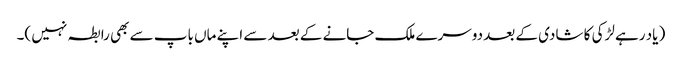
( یاد رہے لڑکی کا شادی کے بعد دوسرے ملک جانے کے بعد سے اپنے ماں باپ سے بھی رابطہ نہیں )۔